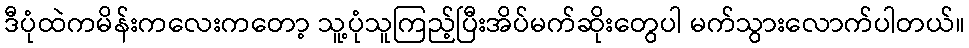
ဒီပုံထဲကမိန်းကလေးကတော့ သူ့ပုံသူကြည့်ပြီးအိပ်မက်ဆိုးတွေပါ မက်သွားလောက်ပါတယ်။